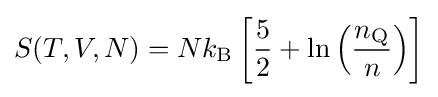
S(T,V,N)=Nk_{\rm {B}}\left[{\frac {5}{2}}+\ln \left({\frac {n_{\rm {Q}}}{n}}\right)\right]